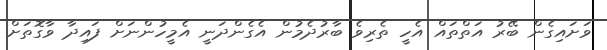
ވަށައިގެން ބޭރު އަތްތައް އެހީ ތެރިވެ ބާރުދެމުން އެގެންދަނީ އެމީހުންނަށް ފައިދާ ވާގޮތަށް